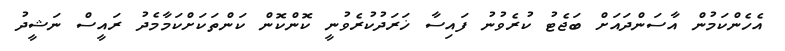
އެހެންކަމުން އާސަންދައަށް ބަޖެޓު ކުރެވުނު ފައިސާ ޚަރަދުކުރެވުނީ ކޮންކޮން ކަންތަކަށްކަމާމެދު ރައީސް ނަޝީދު